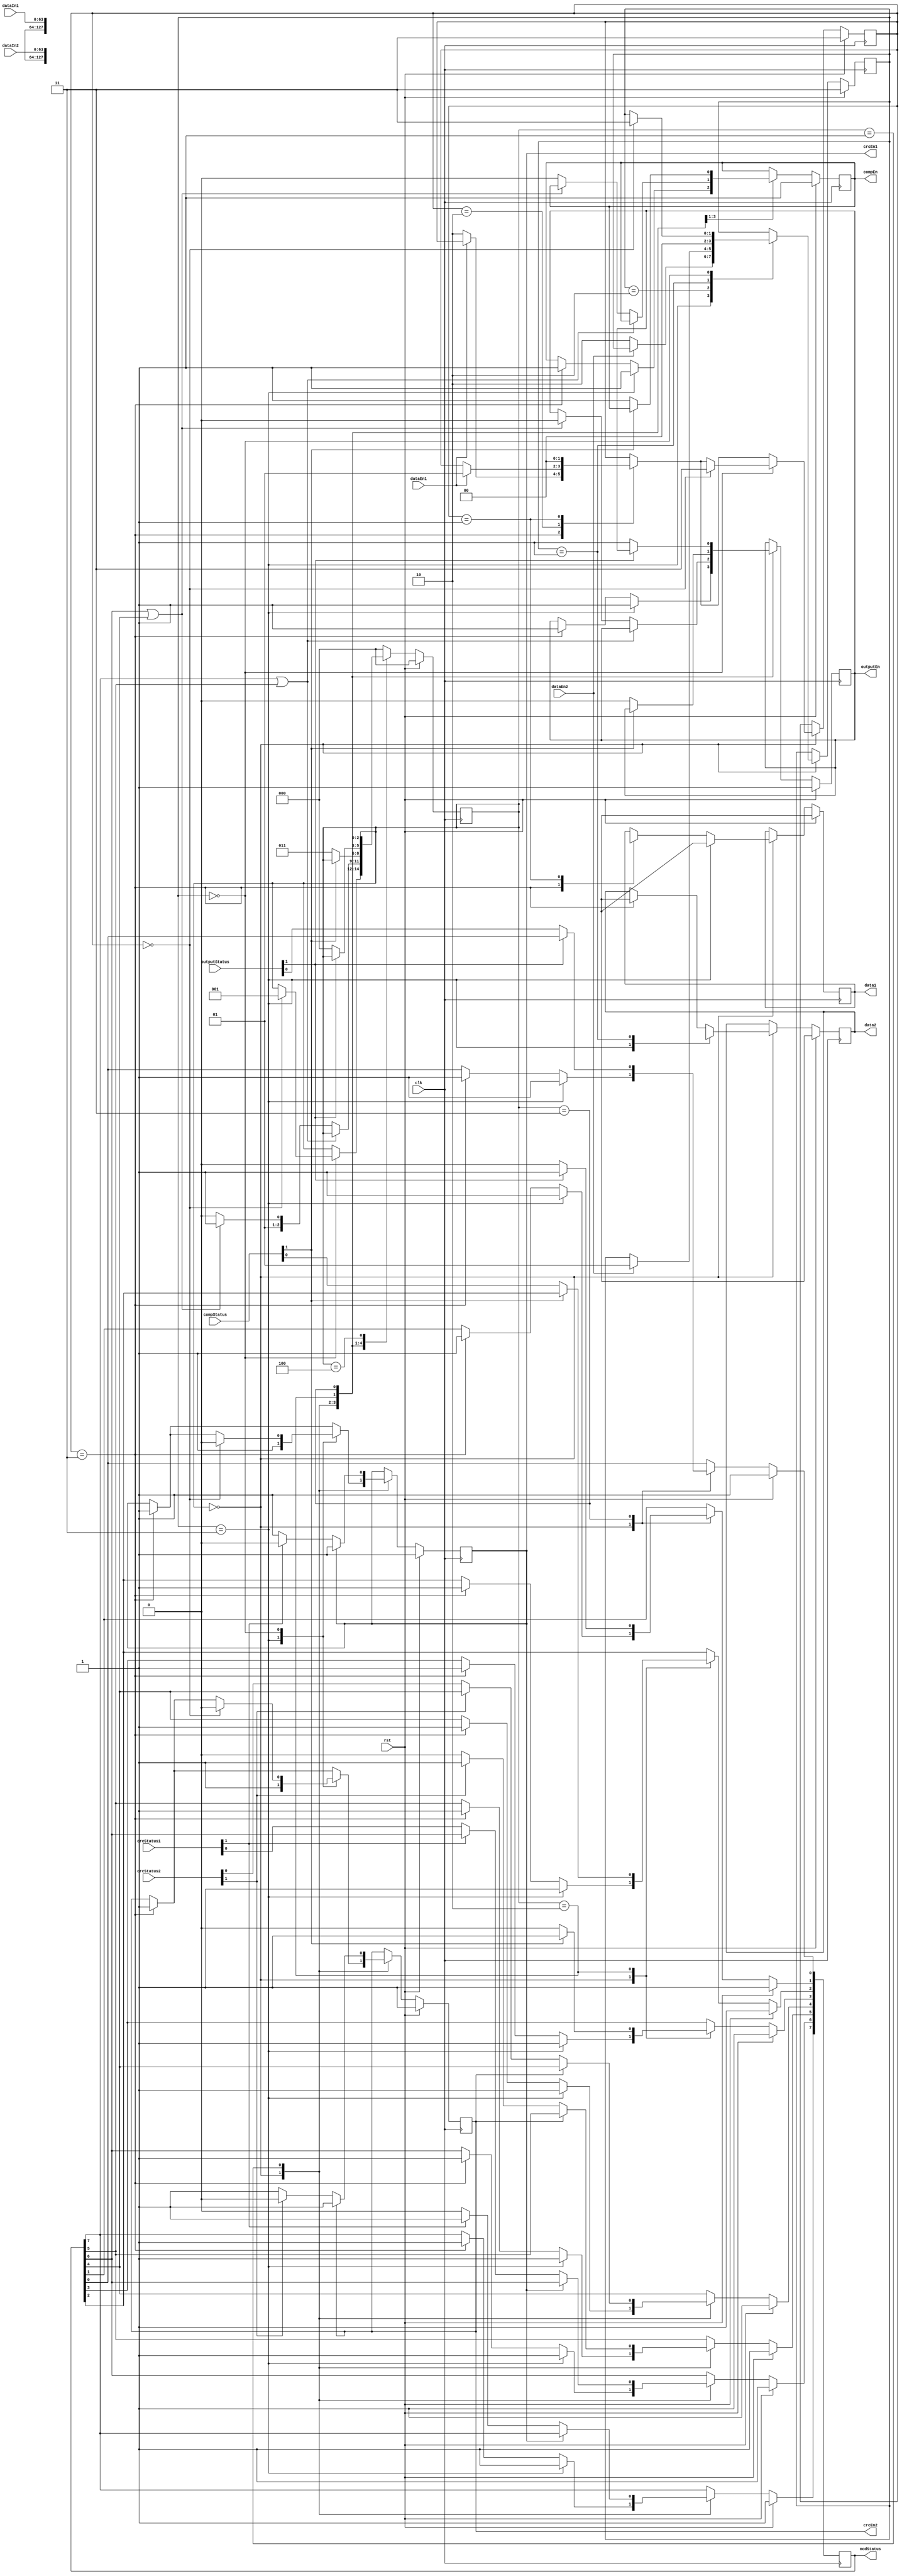
/*****************************************************************************************
** 
**                               		                                     
**
**----------------------------------------------------------------------------------------
** 				compCtrl.v
** 			2015-9-7 15:30
** 	 		
** 	  		
** 
**----------------------------------------------------------------------------------------
** 		2015-11-23 20:45
** 		
** 		   	V2.0
** 			CRC->->  dataReady 
**
*****************************************************************************************/

`timescale 1ps / 1ps

module compCtrl
(
	input clk,
	input rst,
	input dataEn1,																/*	CPU1	*/
	input dataEn2,																/*	CPU2	*/
	input [63:0] dataIn1,													/*	CPU1			*/
	input [63:0] dataIn2,													/*	CPU2			*/
	input [1:0] crcStatus1,													/*	CRC1 		*/
	input [1:0] crcStatus2,													/*	CRC2 		*/
	input [1:0] compStatus,													/*				*/
	input [1:0] outputStatus,												/*				*/
	/*	xxxStatus[1:0][1]:10[0]01			*/
	output reg crcEn1,														/*	CRC1				*/
	output reg crcEn2,														/*	CRC2				*/
	output reg compEn,														/*				*/
	output reg outputEn,														/*				*/
	output reg [7:0] modStatus,											/*			*/
	output reg [63:0] data1,												/*	CPU1			*/
	output reg [63:0] data2												/*	CPU2			*/
//	output dataReady															/*			*/
);

													
													
	reg [1:0] dataCapture1;													/*	CPU1			*/
	reg [1:0] dataCapture2;													/*	CPU2			*/
	reg [2:0] state;															/*					*/
	
	parameter IDLE = 3'd0, CRCING = 3'd1, COMPING = 3'd2, OUTPUTING = 3'd3, FEEDBACK = 3'd4;	
																					/*	 CRC   */
	parameter WAITING = 2'd3, WRITING = 2'd2, READING = 2'd1, DATAREADY = 2'd0;
	
//	assign dataReady = dataCapture1 || dataCapture2;				/*	CPU		*/
	
//	always @(posedge dataEn1)												/*	data1		*/
//	begin
//		if(rst) dataReady1 <= 1;
//		else dataReady1 <= 0;
//	end
//	
//	always @(posedge dataEn2)												/*	data2		*/
//	begin
//		if(rst) dataReady2 <= 1;
//		else dataReady2 <= 0;
//	end
	
	always @(posedge clk)
	begin
		if(rst)																	/*	rst1	*/
		begin		
			state <= IDLE;														/*					*/
			crcEn1 <= 1'd1;														/*	CRC1				*/
			crcEn2 <= 1'd1;														/*	CRC2				*/
			compEn <= 1'd1;														/*					*/
			outputEn <= 1'd1;														/*					*/
			data1 <= 64'hx;													/*	data1x	*/
			data2 <= 64'hx;													/*	data2x	*/
			modStatus <= 8'hff;												/*	1		*/
			dataCapture1 <= WAITING;										/*			*/
			dataCapture2 <= WAITING;										/*			*/
		end
		else
		begin
			case(state)
				IDLE:																/*						*/
				begin
					/*			*/
//					if(dataReady)												/*		*/
//					begin
//						crcEn1 <= 1;
//						crcEn2 <= 1;
//						compEn <= 1;
//						outputEn <= 1;
//						data1 <= 64'hx;
//						data2 <= 64'hx;
//						modStatus <= 8'hff;
//					end
//					else
//					begin
//						crcEn1 <= 0; 											/*	CRC				*/
//						crcEn2 <= 0; 											/*	CRC				*/
//						data1 <= dataIn1;										/*	data1			*/
//						data2 <= dataIn2;										/*	data2			*/
//						dataReady1 <= 1;										/*	data1	*/
//						dataReady2 <= 1;										/*	data2	*/
//						state <= CRCING;										/*	CRC		*/
//					end
					case(dataCapture1)
						WAITING:														/*			*/
						begin
							crcEn1 <= 1'd1;
							crcEn2 <= 1'd1;
							compEn <= 1'd1;
							outputEn <= 1'd1;
							data1 <= 64'hx;
							data2 <= 64'hx;
							modStatus <= 8'hff;
							if(!dataEn1)											/*	dataEn10			*/
								dataCapture1 <= WRITING;						/*		*/
						end
						WRITING:
						begin
							if(dataEn1)												/*	dataEn01			*/
								dataCapture1 <= READING;						/*		*/
						end
						READING:
						begin
							data1 <= dataIn1;										/*						*/
							dataCapture1 <= DATAREADY;							/*				*/
						end
						DATAREADY:
						begin
							if(!dataCapture2)										/*		*/
							begin
								dataCapture1 <= WAITING;
								dataCapture2 <= WAITING;
								crcEn1 <= 1'd0; 										/*	CRC				*/
								crcEn2 <= 1'd0; 										/*	CRC				*/
								state <= CRCING;									/*	CRC		*/
							end
						end
					endcase
					
					case(dataCapture2)
						WAITING:														/*			*/
						begin
							crcEn1 <= 1'd1;
							crcEn2 <= 1'd1;
							compEn <= 1'd1;
							outputEn <= 1'd1;
							data1 <= 64'hx;
							data2 <= 64'hx;
							modStatus <= 8'hff;
							if(!dataEn2)											/*	dataEn10			*/
								dataCapture2 <= WRITING;						/*		*/
						end
						WRITING:
						begin
							if(dataEn2)												/*	dataEn01			*/
								dataCapture2 <= READING;						/*		*/
						end
						READING:
						begin
							data2 <= dataIn2;										/*						*/
							dataCapture2 <= DATAREADY;							/*				*/
						end
						DATAREADY:
						begin
							if(!dataCapture1)										/*		*/
							begin
								dataCapture1 <= WAITING;
								dataCapture2 <= WAITING;
								crcEn1 <= 1'd0; 										/*	CRC				*/
								crcEn2 <= 1'd0; 										/*	CRC				*/
								state <= CRCING;									/*	CRC		*/
							end
						end
					endcase
				end
				CRCING:															/*	CRC				*/
				begin					
					if(crcEn1);													/*	CRC		*/
					else if(crcStatus1[1]) 									/*	CRCing	*/
						modStatus[7] <= 1'd1;									/*	CRC		*/
					else															/*	CRC				*/
					begin									
						modStatus[7:6] <= crcStatus1;						/*	CRC1[7:6]	*/
						crcEn1 <= 1'd1;											/*	CRC				*/
					end
					
					if(crcEn2);								
					else if(crcStatus2[1])
						modStatus[5] <= 1'd1;
					else
					begin
						modStatus[5:4] <= crcStatus2;						/*	CRC2[5:4]	*/
						crcEn2 <= 1'd1;						
					end
					
					
					if(modStatus[7] || modStatus[5]);					/*	CRC	*/
					else if(modStatus[6] || modStatus[4])				/*	CRC		*/
					begin
						outputEn <= 1'd0;											/*					*/
						state <= OUTPUTING;									/*	 		*/
					end
					else
					begin
						compEn <= 1'd0; 											/*	CRC		*/	
						state <= COMPING;										/*	 		*/
					end
				end
				COMPING:															/*					*/			
				begin
					if(compStatus[1]) 
						modStatus[3] <= 1'd1;
					else
					begin
						modStatus[3:2] <= compStatus;						/*	[3:2]	*/
						compEn <= 1'd1;											/*				*/
						outputEn <= 1'd0;											/*					*/
						state <= OUTPUTING;									/*	 		*/
					end
				end
				OUTPUTING:														/*					*/
				begin
					if(outputStatus[1])						
					begin
						modStatus[1] <= 1'd1;
					end
					else
					begin
						outputEn <= 1'd1;
						modStatus[1:0] <= outputStatus;
						state <= IDLE;
						//  modStatusdata1 data2
					end
				end
				FEEDBACK:
				begin
					
				end
				default:
				begin
					state <= IDLE;
				end
			endcase
		end
	end
endmodule